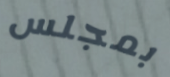
بمجلس